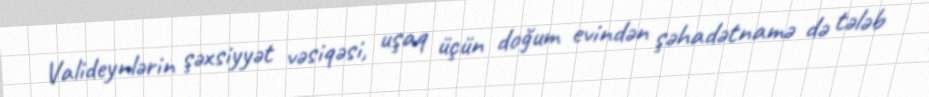
Valideynlərin şəxsiyyət vəsiqəsi, uşaq üçün doğum evindən şəhadətnamə də tələb